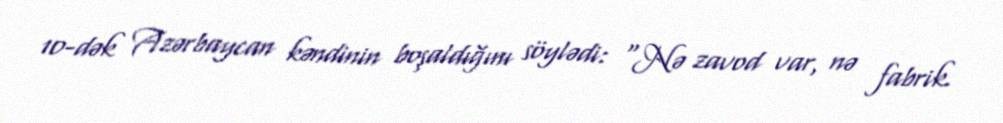
10-dək Azərbaycan kəndinin boşaldığını söylədi: “Nə zavod var, nə fabrik.